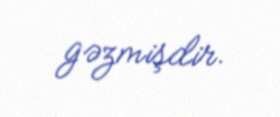
gəzmişdir.